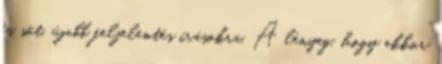
és sőt, újabb feljelentés írásokra. A lényeg, hogy akkor